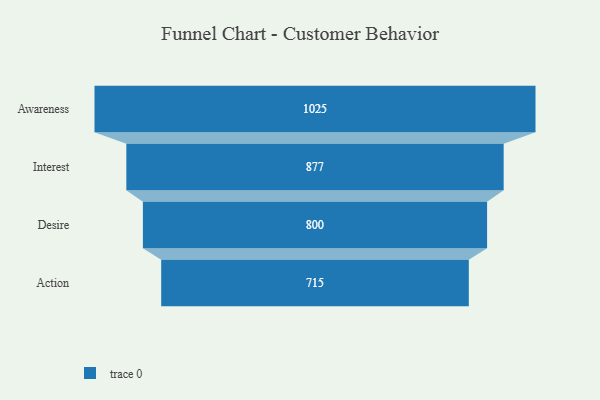
{"axis": {"x": "Stage", "y": "Value"}, "legend": [""], "data": [{"x": "Awareness", "y": 1025.0, "type": ""}, {"x": "Interest", "y": 877.0, "type": ""}, {"x": "Desire", "y": 800.0, "type": ""}, {"x": "Action", "y": 715.0, "type": ""}]}